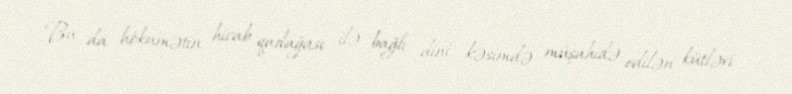
Bu da hökumətin hicab qadağası ilə bağlı dini kəsimdə müşahidə edilən kütləvi